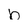
Character: b